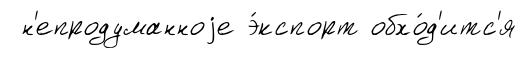
н'епродуманноjе э́кспорт обхо́д'итс'я